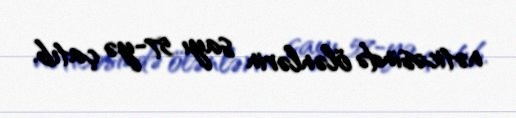
nəticəsində ölənlərin sayı 57-yə çatıb.